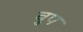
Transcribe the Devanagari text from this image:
बुप